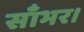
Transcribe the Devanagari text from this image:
साँभर।